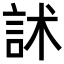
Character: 訹